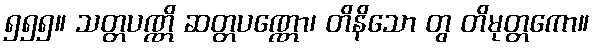
၅၅၅။ သတ္တပဏ္ဏိ ဆတ္တပဏ္ဏော၊ တိနိသော တွ တိမုတ္တကော။